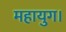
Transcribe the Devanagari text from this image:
महायुग।